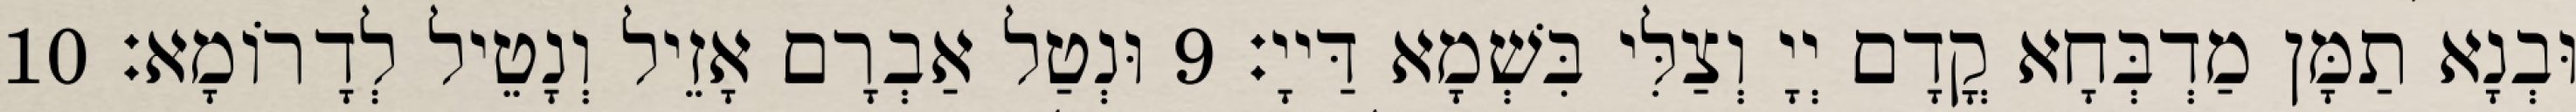
וּבְנָא תַמָּן מַדְבְּחָא קֳדָם יְיָ וְצַלִּי בִּשְׁמָא דַּייָ׃ 9 וּנְטַל אַבְרָם אָזֵיל וְנָטֵיל לְדָרוֹמָא׃ 10